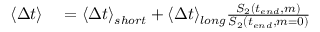
\begin{array} { r l r } { \langle \Delta t \rangle } & { { } = \langle \Delta t \rangle _ { s h o r t } + \langle \Delta t \rangle _ { l o n g } \frac { S _ { 2 } ( t _ { e n d } , m ) } { S _ { 2 } ( t _ { e n d } , m = 0 ) } } \end{array}